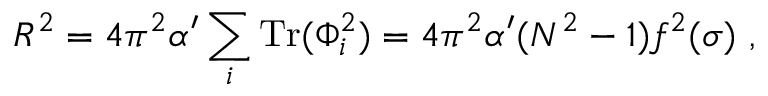
R ^ { 2 } = { 4 \pi ^ { 2 } \alpha ^ { \prime } } \sum _ { i } \mathrm { T r } ( \Phi _ { i } ^ { 2 } ) = { 4 \pi ^ { 2 } \alpha ^ { \prime } } ( N ^ { 2 } - 1 ) f ^ { 2 } ( \sigma ) \ ,